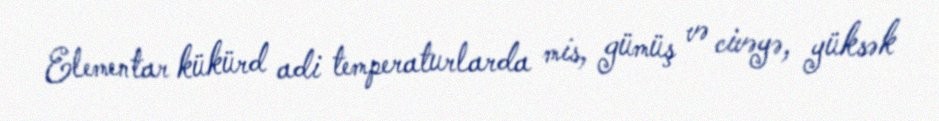
Elementar kükürd adi temperaturlarda mis, gümüş və civəyə, yüksək